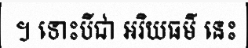
។ ទោះបីជា អរិយធម៌ នេះ